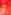
و